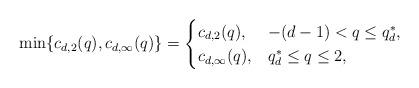
LaTeX: \begin{align*}\min\{c_{d,2}(q), c_{d,\infty}(q)\} = \begin{cases} c_{d,2}(q), & -(d-1) < q \leq q_d^*, \\ c_{d,\infty}(q), & q_d^* \leq q \leq 2, \end{cases}\end{align*}